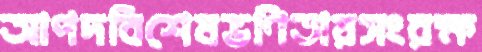
আপদবিশেষভণিতায়সংরক্ষ